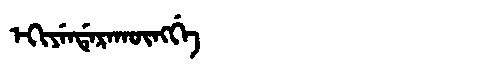
Manchu: ᡝᡴᡳᠶᡝᠨᡩᡝᡵᠠᡴᡡᠩᡤᡝ
Romanization: EKIYENDERAKŪNGGE